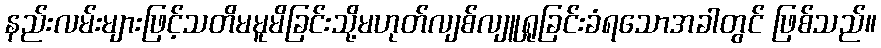
နည်းလမ်းများဖြင့်သတိမမူမိခြင်းသို့မဟုတ်လျစ်လျူရှုခြင်းခံရသောအခါတွင် ဖြစ်သည်။